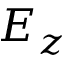
E _ { z }